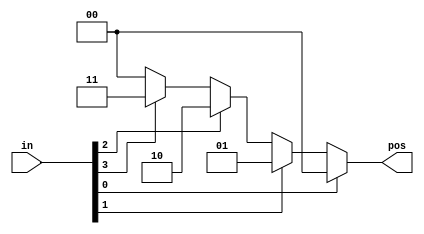
module top_module (
    input [3:0] in,
    output reg [1:0] pos  );
    integer i,start;
	always begin
        start = 0;
        for ( i = 3 ; i >=0 ; i = i - 1) begin
            if (in[i]) start = i;
        end
        pos = start;
    end
endmodule